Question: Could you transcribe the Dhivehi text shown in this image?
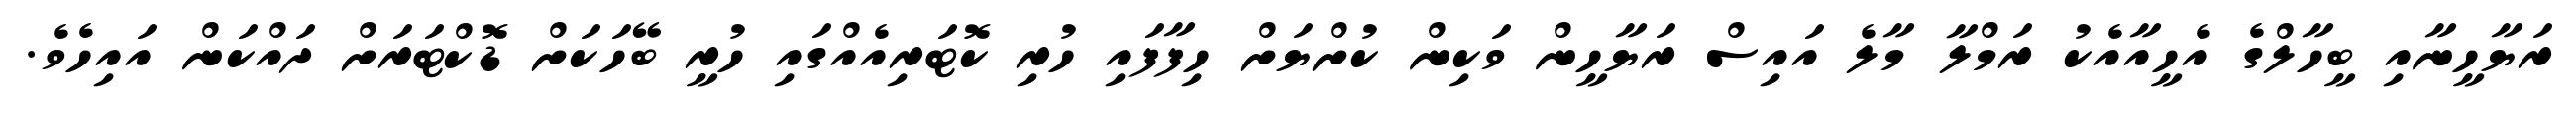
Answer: ރަޔާހީނާއި ބީހާލްގެ އެހީއާއެކު ރަމްލާ މާލެ އައިސް ރަޔާހީން ވަކިން ކުށްޔަށް ހިފާފައި ހުރި ކޮޓަރިއެއްގައި ހުރީ ބޭހަކަށް ޑޮކްޓަރަށް ދައްކަން އައިހެވެ.